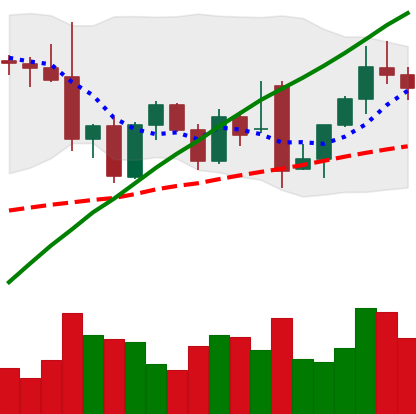
Ticker: ETH-USD
Chart end date: 2021-12-02
Forward return: -4.35%
Label: down_3_5